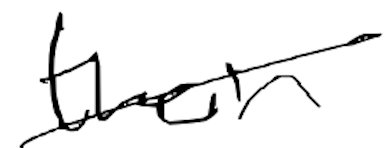
Text: their
Cross-out: diagonal
Writing tool: digital_black